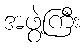
အဖွဲ့ကြီး